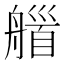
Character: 𦩽